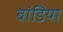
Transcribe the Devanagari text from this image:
बांडिया